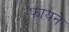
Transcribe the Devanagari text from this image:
फायने